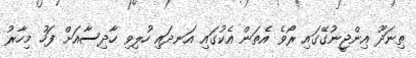
ތިނަދޫ އިންޖީނުގޭގައި ރޯވެ އެތަން އެކުގައި އަނދައި ހުލިވި ހާދިސާއަށް ފަހު މިހާރު